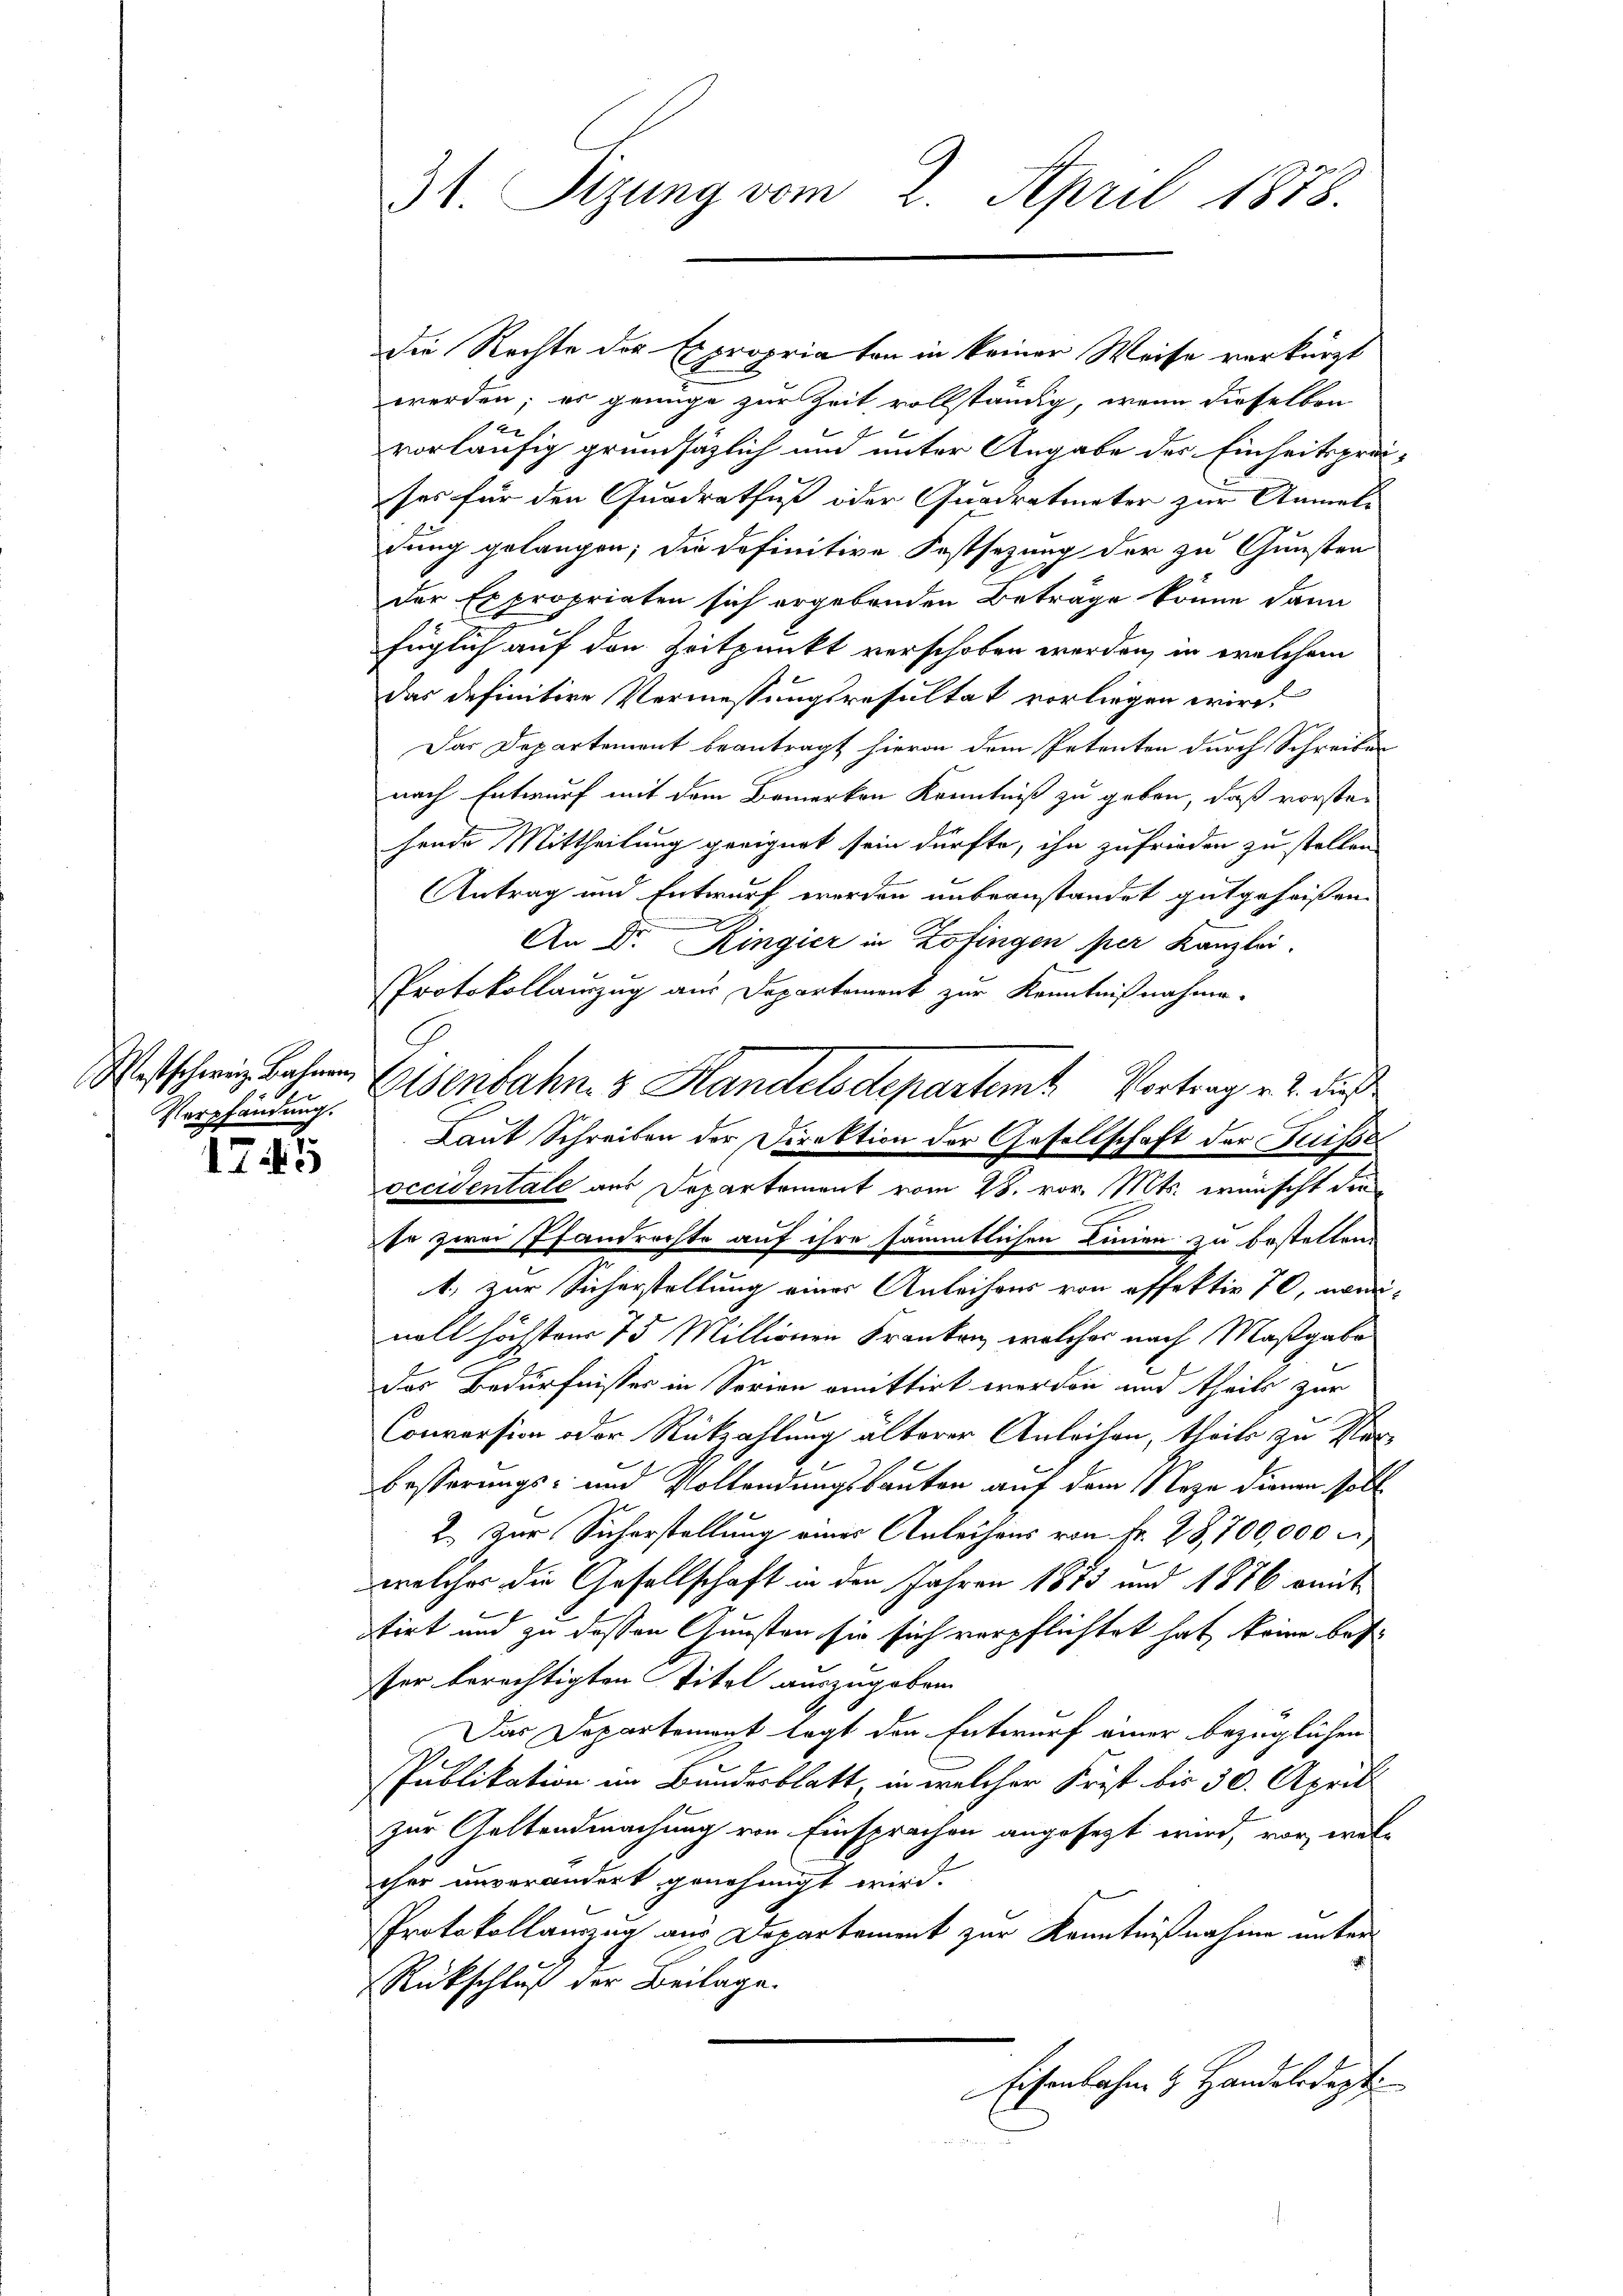
Verpfändung.

1745

31. Sizung vom 2. April 1878.

die Rechte der Expropria von in keiner Weise verkürzt
werden; es genüge zur Zeit vollständig, wenn dieselben
x
vorläufig grundsätzlich und unter Angabe der Einheitsprei-
ses für den Quadratfuß oder Quadratmeter zur Anmelrung gelangen; die definitive Festsezung der zu Gunsten
der Expropriaten sich ergebenden Beträge könne dann
füglich auf den Zeitpunkt verschoben werden, in welchem
das definitive Vermessungsresultat vorliegen wird.
Das Departement beantragt hievon dem Petenten durch Schreiben
nach Entwurf mit dem Bemerken Kenntniß zu geben, daß vorstehende Mittheilung geeignet sein dürfte, ihn zufrieden zu stellen
Antrag und Entwurf worden unbeanstandet gutgeheißen.
An Dr. Ringier in Zofingen per Kanzlei.
Protokollauszug aus Departement zur Kenntnißnahme.
W. schwie Jahren Eisenbahn & Handelsdepartemt Vortrag v. 2. dieß
Laut Schreiben der Direktion der Gesellschaft der Suisse
occidentale aus Departement vom 28. vor. Mts. wünscht die
se zwei Pfandrechte auf ihre sämmtlichen Linien zu bestellen.
1. zur Sicherstellung einer Anleihens von offektiv 70, weinoll höchsten 75 Millionen Kranken, welcher nach Maßgabe
Das Bedürfnisser in Sorien emittirt werden und theils zur
Conversion oder Rückzahlung älterer Anleihen, theils zu Ver-
besserungs- und Vollendungsbauten auf dem Neze dienen soll
2. Zur Sicherstellung eines Anleihens von Fr. 28,700,000
welcher die Gesellschaft in den Jahren 1875 und 1876 amit
tirt und zu dessen Gunsten sie sich verpflichtet hat, keine bes
ster berechtigten Titel auszugeben.
Das Departement legt den Entwurf einer bezüglichen
Publikation im Bundesblatt, in welcher Frist bis 30. April
zur Geltendmachung von Einsprachen angesezt wird, vor, welcher unverändert genehmigt wird.
Protokollanzug aus Departement zur Kenntnißnahme unter
Rückschluß der Beilage.
Eisenbahn & Handeledigt